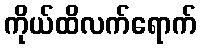
ကိုယ်ထိလက်ရောက်